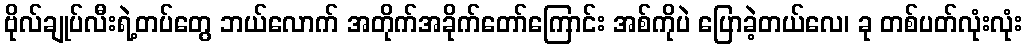
ဗိုလ်ချုပ်လီးရဲ့တပ်တွေ ဘယ်လောက် အတိုက်အခိုက်တော်ကြောင်း အစ်ကိုပဲ ပြောခဲ့တယ်လေ၊ ခု တစ်ပတ်လုံးလုံး